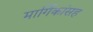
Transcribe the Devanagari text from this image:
मार्गिकांसह